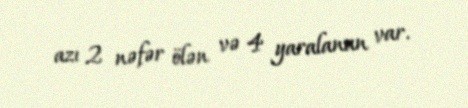
azı 2 nəfər ölən və 4 yaralanan var.